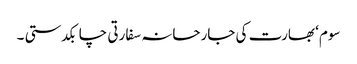
سوم‘ بھارت کی جارحانہ سفارتی چابکدستی ۔